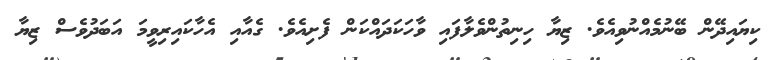
ކިޔައިދޭން ބޭނުމެއްނުވިއެވެ. ޒިޔާ ހިނިތުންވެލާފައި ވާހަކަދައްކަން ފެށިއެވެ. ގެއާއި އެހާކައިރިވީމަ އަބަދުވެސް ޒިޔާ